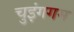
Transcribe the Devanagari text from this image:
चुइंगगम